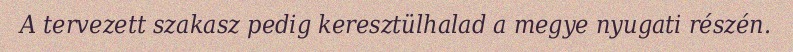
A tervezett szakasz pedig keresztülhalad a megye nyugati részén.